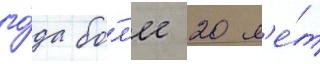
го́да бо́л'ее 20 л'е́т